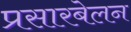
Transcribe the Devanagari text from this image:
प्रसारबेलन